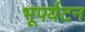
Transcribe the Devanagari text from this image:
भूपर्यटन